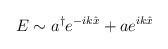
LaTeX: \begin{align*}E\sim a^{\dagger} e^{-ik\hat{x}} + a e^{ik\hat{x}}\end{align*}